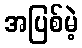
အပြစ်မဲ့